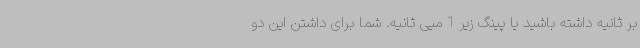
بر ثانیه داشته باشید یا پینگ زیر 1 میی ثانیه. شما برای داشتن این دو